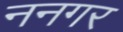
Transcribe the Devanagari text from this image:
ननगर